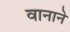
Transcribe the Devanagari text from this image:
वानाने